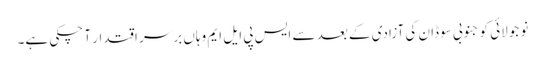
نو جولائی کو جنوبی سوڈان کی آزادی کے بعد سے ایس پی ایل ایم وہاں برسرِ اقتدار آ چکی ہے۔